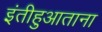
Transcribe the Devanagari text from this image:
इंतीहुआताना